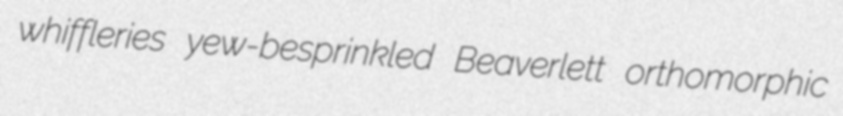
whiffleries yew-besprinkled Beaverlett orthomorphic